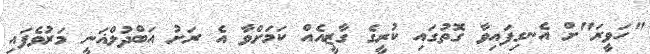
"ހަވީރަ"ށް އެނގިފައިވާ ގޮތުގައި ކުރީގެ ގާޒީއެއް ކަމަށްވާ އެ ރަށު އަބްދުލްޣަނީ މަރުވެފައި